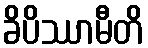
ခိပိဿာမီတိ